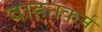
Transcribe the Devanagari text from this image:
वाहनकर्म